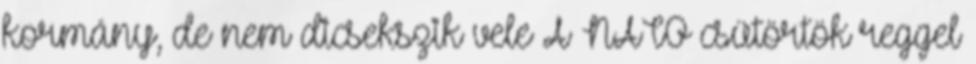
kormány, de nem dicsekszik vele A NATO csütörtök reggel